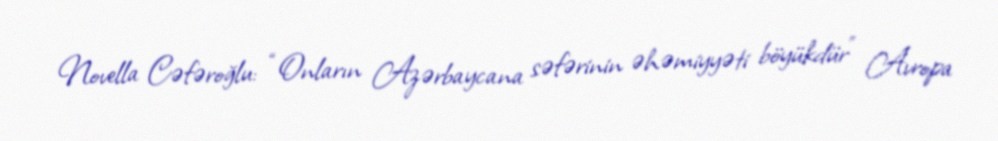
Novella Cəfəroğlu: “Onların Azərbaycana səfərinin əhəmiyyəti böyükdür” Avropa